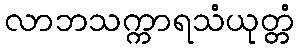
လာဘသက္ကာရသံယုတ္တံ